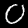
Label: 0